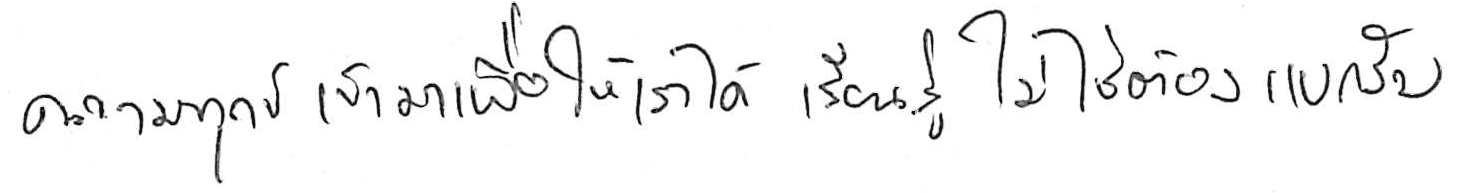
ความทุกข์ เข้ามาเพื่อให้เราได้ เรียนรู้ ไม่ใช่ต้อง แบกรับ